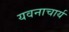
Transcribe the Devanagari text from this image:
यवनाचार्य